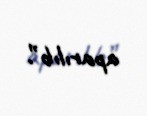
aparılıb”.